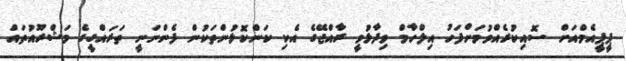
ޕީޕީއެމްއަށް ސޮއިކުރެއްވުމަށްފަހު އިލްހާމް ވިދާޅުވީ ރާއްޖޭގެ އެކި ކަންކޮޅުންތަކުން ފެންނަނީ ތަރައްގީގެ މަޝްރޫއުތައް